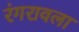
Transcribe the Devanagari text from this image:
रंगरावला